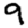
Digit: 9